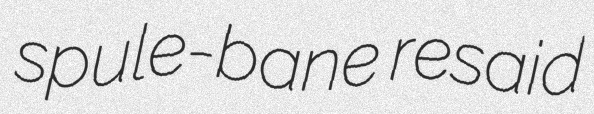
spule-bane resaid